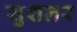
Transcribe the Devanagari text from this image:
सुशलर